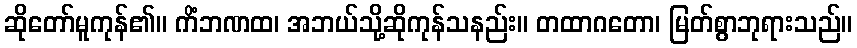
ဆိုတော်မူကုန်၏။ ကိံဘဏထ၊ အဘယ်သို့ဆိုကုန်သနည်း။ တထာဂတော၊ မြတ်စွာဘုရားသည်။